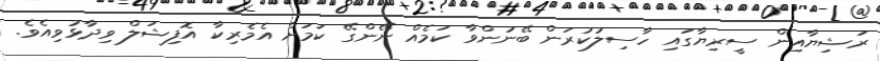
ރަޝިޔާއިން ސީރިޔާގައި ހާސިލުކުރަން ބޭނުންވާ ކަމެއް ނޭންގޭ ކަމަށް އެމެރިކާ އޮފިޝަލް ވިދާޅުވިއެވެ.